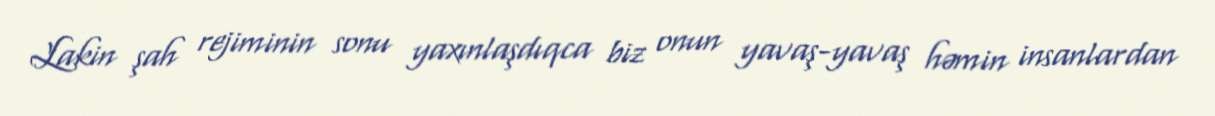
Lakin şah rejiminin sonu yaxınlaşdıqca biz onun yavaş-yavaş həmin insanlardan